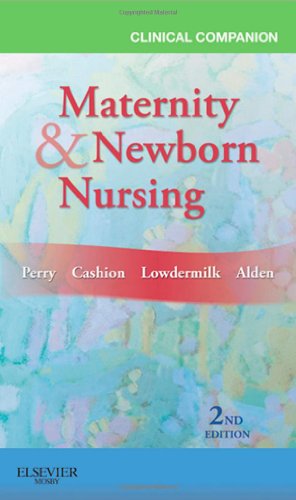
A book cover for Clinical Companion for Maternity & Newborn Nursing, 2e; Shannon E. Perry RN  PhD  FAAN; Medical Books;